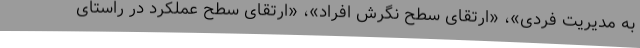
به مدیریت فردی»، «ارتقای سطح نگرش افراد»، «ارتقای سطح عملکرد در راستای